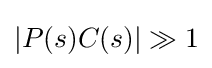
|P(s)C(s)|\gg 1